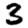
Digit: 3